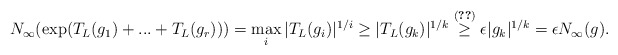
\begin{align*} N_\infty(\exp(T_L(g_1) + ... + T_L(g_r))) = \max_i |T_L(g_i)|^{1/i} \geq |T_L(g_k)|^{1/k} \overset{\eqref{e:short-layer-vectors}}{\geq} \epsilon |g_k|^{1/k} = \epsilon N_\infty(g). \end{align*}